65_HS1-834228961_62-HQ-83894_Section_6
Agency: FBI
Page 2
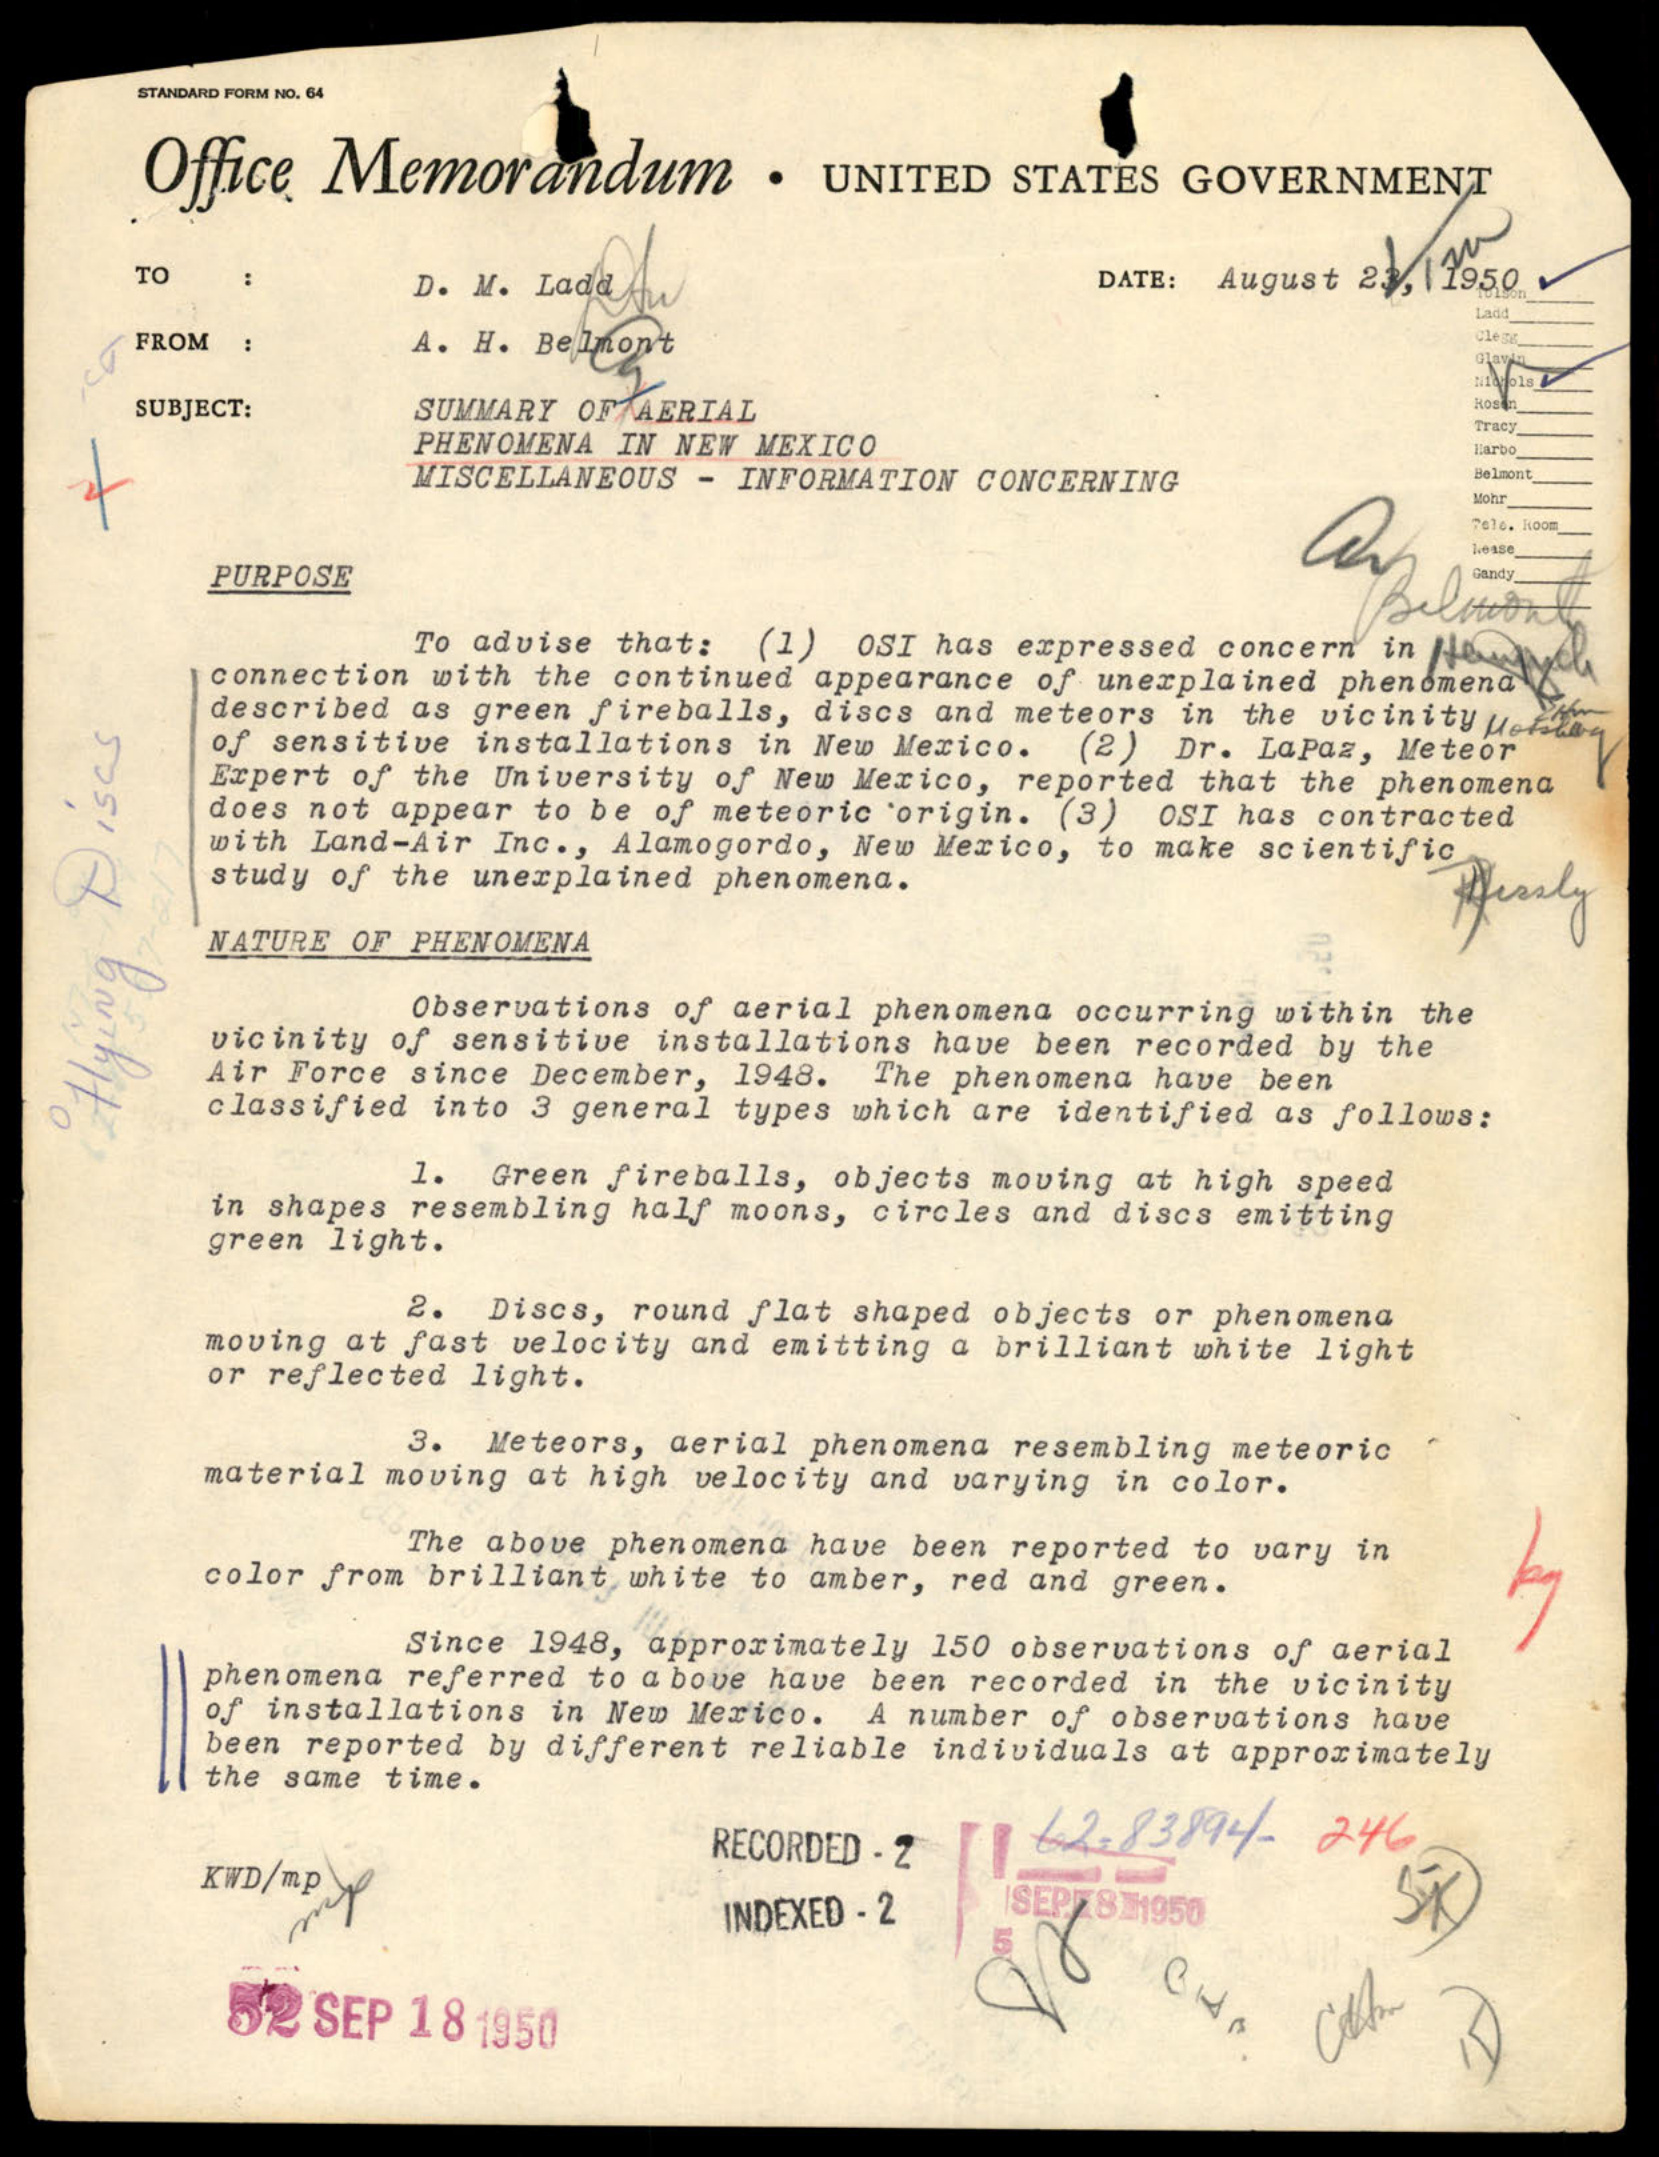